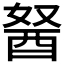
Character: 𰼆